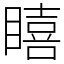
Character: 瞦